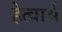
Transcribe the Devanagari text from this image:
हेत्वार्थ